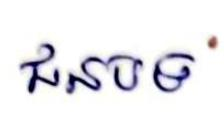
ជនបទ